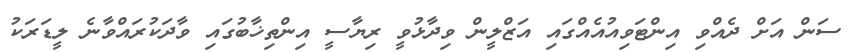
ސަން އަށް ދެއްވި އިންޓަވިއުއެއްގައި އަޒްލީން ވިދާޅުވީ ރިޔާސީ އިންތިޚާބުގައި ވާދަކުރައްވާނެ ލީޑަރަކު